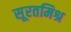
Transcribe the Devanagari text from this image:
सूरतमिश्र